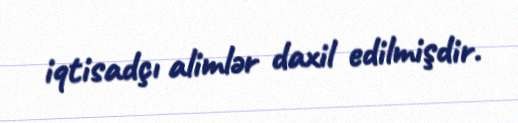
iqtisadçı alimlər daxil edilmişdir.